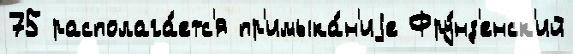
75 располага́етс'я пр'имыка́н'иjе Фру́нз'енск'ий